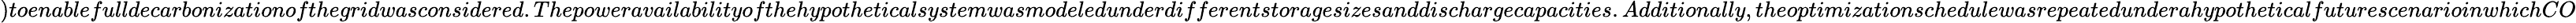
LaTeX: )toenablefulldecarbonizationofthegridwasconsidered.Thepoweravailabilityofthehypotheticalsystemwasmodeledunderdifferentstoragesizesanddischargecapacities.Additionally,theoptimizationschedulewasrepeatedunderahypotheticalfuturescenarioinwhichCO